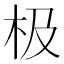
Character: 极